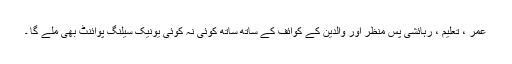
عمر ، تعلیم ، رہائشی پس منظر اور والدین کے کوائف کے ساتھ ساتھ کوئی نہ کوئی یونیک سیلنگ پوائنٹ بھی ملے گا ۔